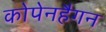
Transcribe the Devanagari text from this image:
कोपेनहैगन